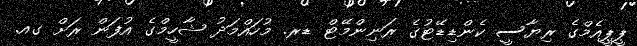
ޕީޕީއެމްގެ ރިޔާސީ ކެންޑިޑޭޓުގެ ރަނިންމޭޓް ޑރ. މުހައްމަދު ޝާހީމްގެ އުފަން ރަށް ގއ.